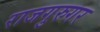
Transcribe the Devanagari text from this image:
राजगुरुगर